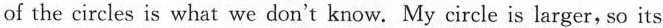
of the circles is what we don't know. My circle is larger, so its